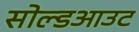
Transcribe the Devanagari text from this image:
सोल्डआउट